Investigations into the jail dietaries of the United Provinces with some observations on the influence of dietary on the physical development and well-being of the people of the United Provinces - Number 48
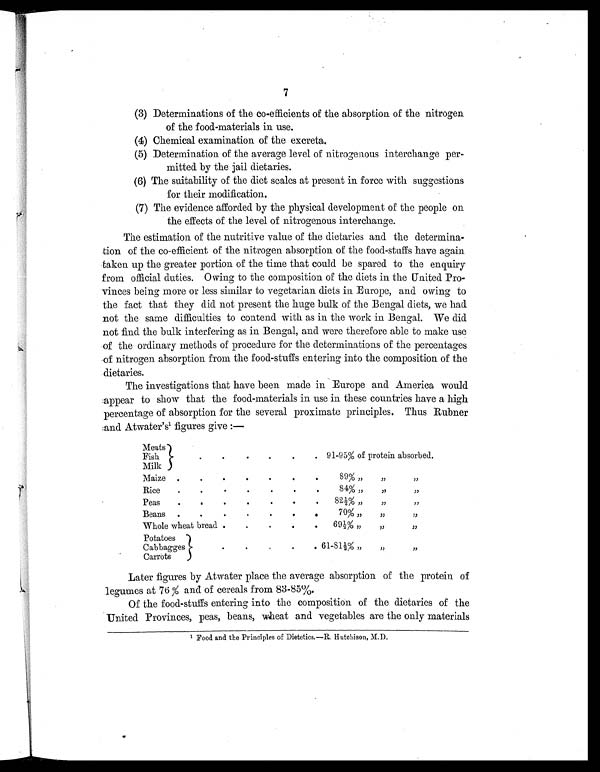
7
(3) Determinations of the co-efficients of the absorption of the nitrogen
of the food-materials in use.
(4) Chemical examination of the excreta.
(5) Determination of the average level of nitrogenous interchange per-
mitted. by the jail dietaries.
(6) The suitability of the diet scales at present in force with suggestions
for their modification.
(7) The evidence afforded by the physical development of the people on
the effects of the level of nitrogenous interchange.
The estimation of the nutritive value of the dietaries and the determina-
tion of the co-efficient of the nitrogen absorption of the food-stuffs have again
taken up the greater portion of the time that could be spared to the enquiry
from official duties. Owing to the composition of the diets in the United Pro-
vinces being more or less similar to vegetarian diets in Europe, and owing to
the fact that they did not present the huge bulk of the Bengal diets, we had
not the same difficulties to contend with as in the work in Bengal. We did
not find the bulk interfering as in Bengal, and were therefore able to make use
of the ordinary methods of procedure for the determinations of the percentages
of nitrogen absorption from the food-stuffs entering into the composition of the
dietaries.
The investigations that have been made in Europe and America would
appear to show that the food-materials in use in these countries have a high
percentage of absorption for the several proximate principles. Thus Rubner
and Atwater's1 f i g u r e s g i v e : —
Meats
.
.
.
.
.
. 91-95% of protein absorbed.
Fish
Milk
Maize .
.
.
.
.
.
.
89% „
„
„
Rice
.
.
.
.
.
.
.
84% „
„
„
Peas
.
.
.
.
.
.
.
82½% „
„
„
Beans .
.
.
.
.
.
.
70% „
„
„
Whole wheat bread .
.
.
.
.
69½% „
„
„
Potatoes
.
.
.
.
. 61-81½% „
„
„
Cabbagges
Carrots
Later figures by Atwater place the average absorption of the protein of
legumes at 76 % and of cereals from 83-85%.
Of the food-stuffs entering into the composition of the dietaries of the
United Provinces, peas, beans, wheat and vegetables are the only materials
1 Food and the Principles of Dietetics.—R. Hutchison, M.D.